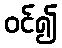
ဝင်၍